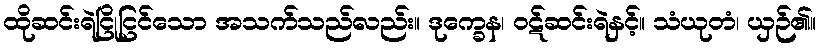
ထိုဆင်းရဲငြိုငြင်သော အသက်သည်လည်း။ ဒုက္ခေန၊ ဝဋ်ဆင်းရဲနှင့်။ သံယုတံ၊ ယှဉ်၏။